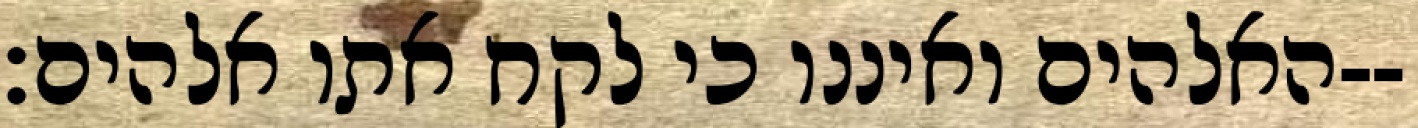
האלהים ואיננו כי לקח אתו אלהים׃--